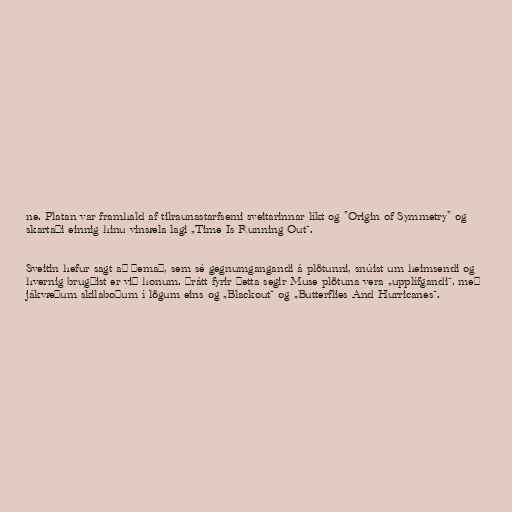
ne. Platan var framhald af tilraunastarfsemi sveitarinnar líkt og "Origin of Symmetry" og
skartaði einnig hinu vinsæla lagi „Time Is Running Out“.

Sveitin hefur sagt að þemað, sem sé gegnumgangandi á plötunni, snúist um heimsendi og
hvernig brugðist er við honum. Þrátt fyrir þetta segir Muse plötuna vera „upplífgandi“, með
jákvæðum skilaboðum í lögum eins og „Blackout“ og „Butterflies And Hurricanes“.